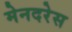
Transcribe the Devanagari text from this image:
मेनदरेस